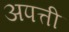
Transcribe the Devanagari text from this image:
अपत्ती